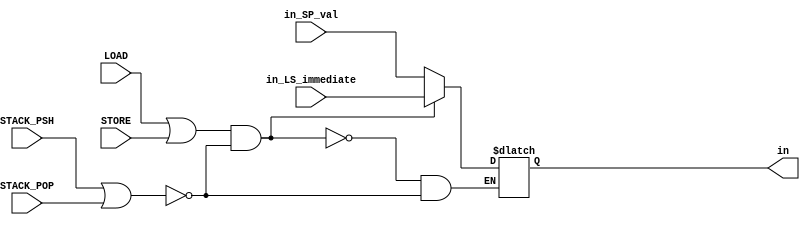
module REG_DM_ADDRESS_MUX(
  input [8:0] in_LS_immediate,
  input [8:0] in_SP_val,
  input LOAD,STORE,STACK_PSH,STACK_POP,
  output reg [8:0] in
);

always @(*) begin
  if ((LOAD || STORE) && ~(STACK_PSH || STACK_POP)) //fara stiva
    in <= in_LS_immediate;
  else if (STACK_PSH || STACK_POP) //avem stiva
    in <= in_SP_val;
end

endmodule